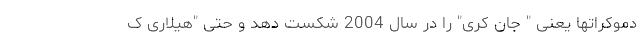
دموکراتها یعنی " جان کری" را در سال 2004 شکست دهد و حتی "هیلاری ک